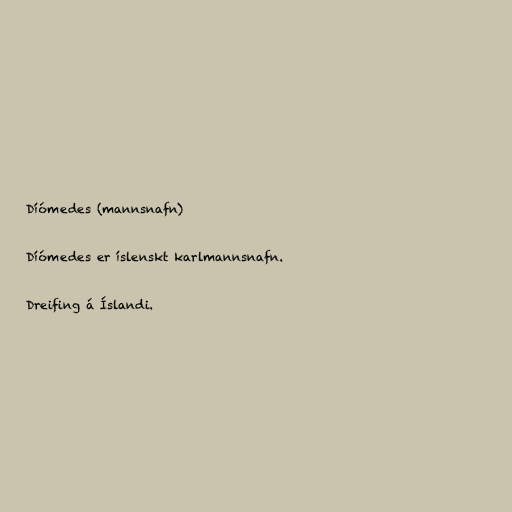
Díómedes (mannsnafn)

Díómedes er íslenskt karlmannsnafn.

Dreifing á Íslandi.